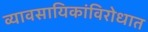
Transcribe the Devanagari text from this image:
व्यावसायिकांविरोधात